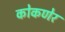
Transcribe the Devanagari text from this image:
कोकणेर